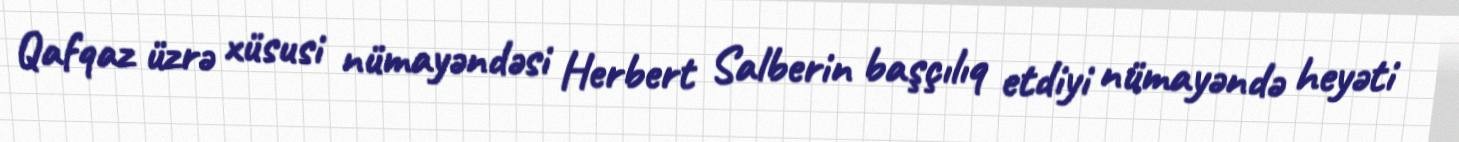
Qafqaz üzrə xüsusi nümayəndəsi Herbert Salberin başçılıq etdiyi nümayəndə heyəti